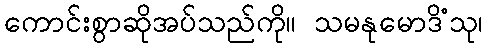
ကောင်းစွာဆိုအပ်သည်ကို။ သမနုမောဒိံသု၊